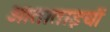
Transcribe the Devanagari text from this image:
आताताइयों